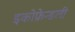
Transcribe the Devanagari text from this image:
इकोफ्रेन्डली